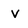
Character: V